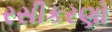
રસીકરણો